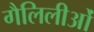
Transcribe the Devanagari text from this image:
गैलिलीओं